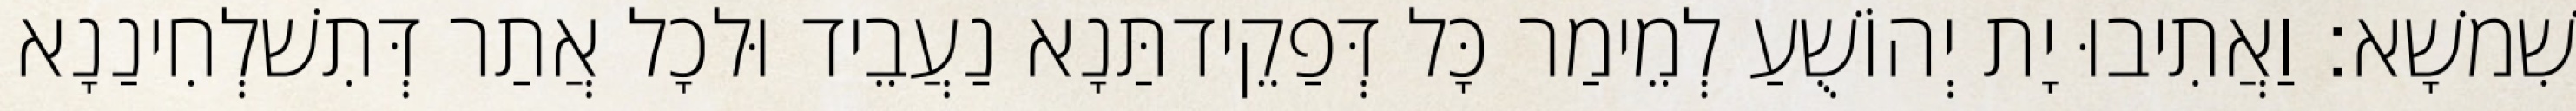
שִׁמשָׁא׃ וַאֲתִיבוּ יָת יְהוֹשֻׁעַ לְמֵימַר כָּל דְּפַקֵידתַּנָא נַעֲבֵיד וּלכָל אֲתַר דְּתִשׁלְחִינַנָא